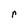
Character: r